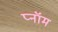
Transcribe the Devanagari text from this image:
प्नॉम